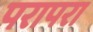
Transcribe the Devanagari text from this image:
परापरा